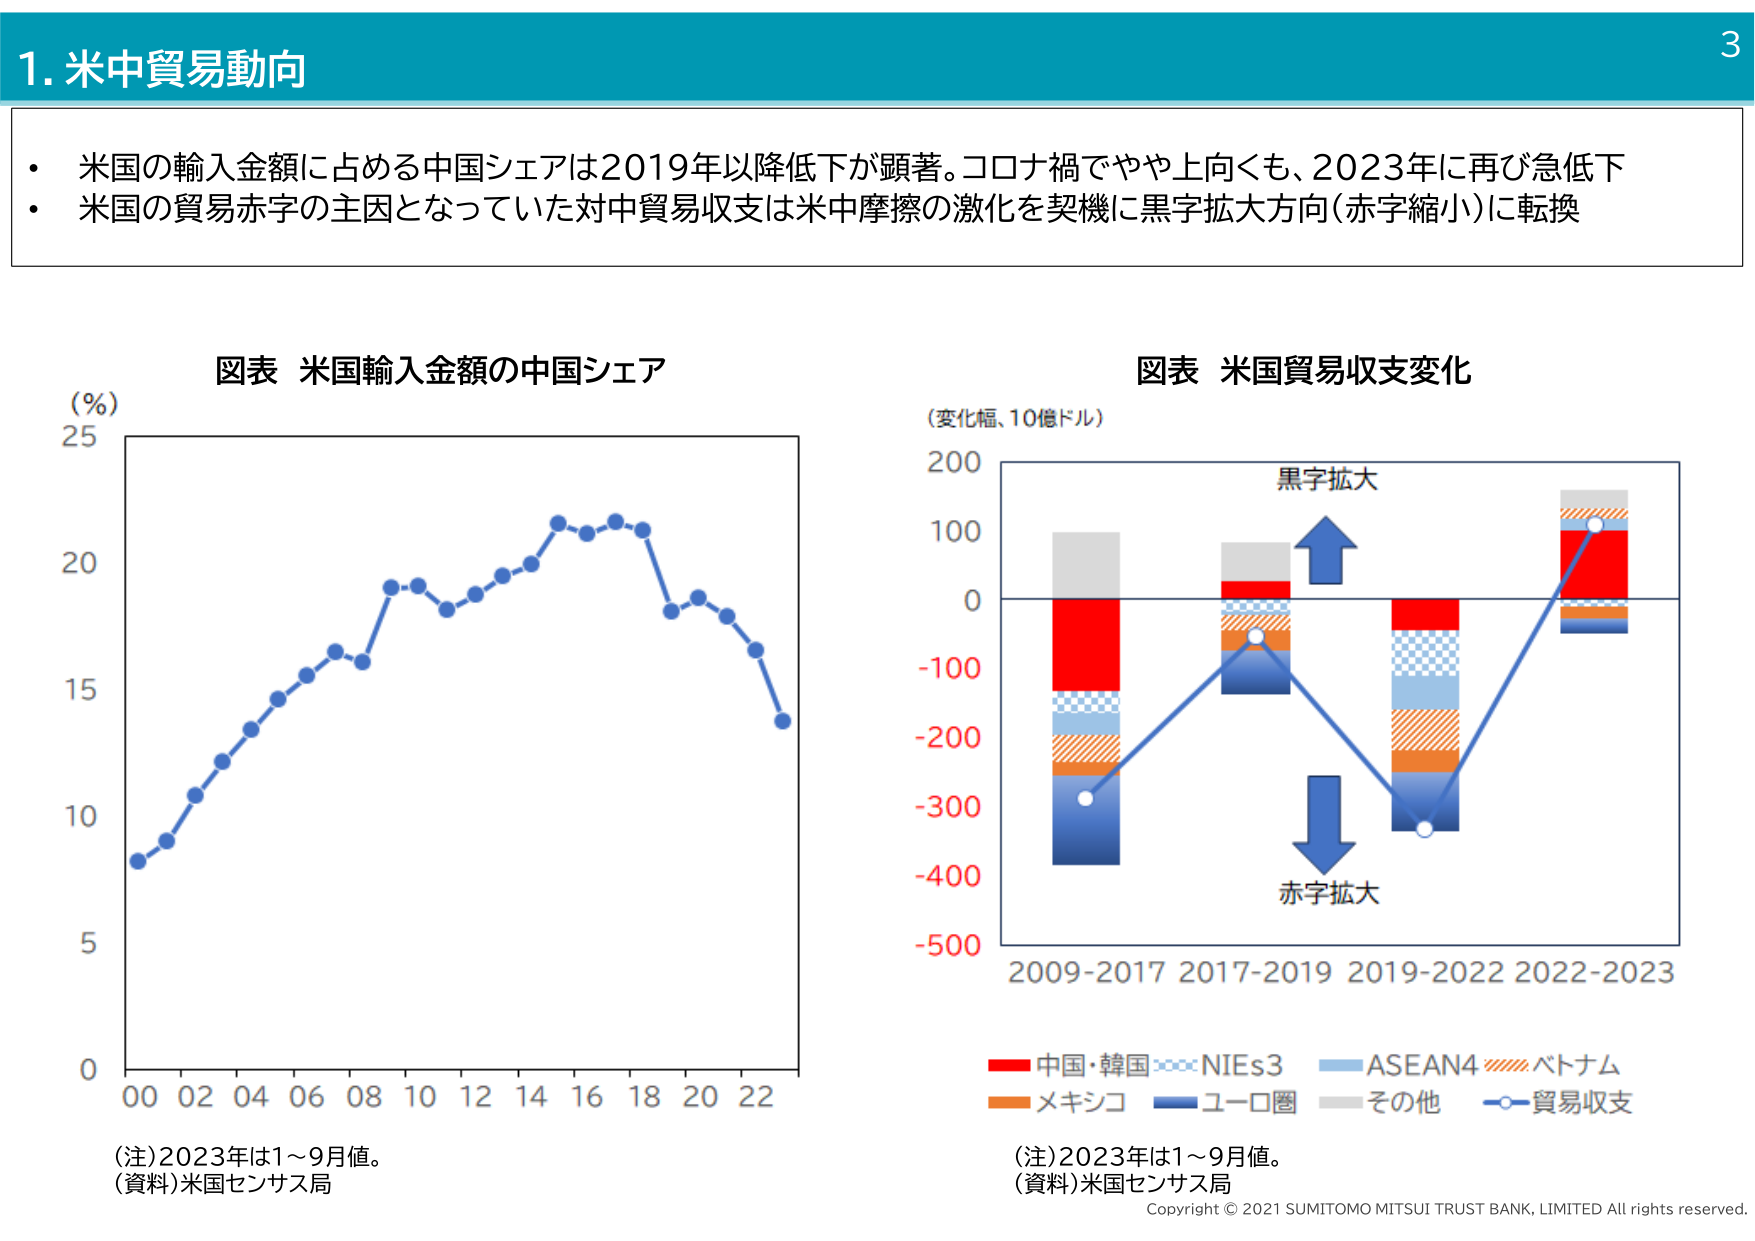
1. 米中貿易動向

・米国の輸入金額に占める中国シェアは2019年以降低下が顕著。コロナ禍でやや上向くも、2023年に再び急低下
・米国の貿易赤字の主因となっていた対中貿易収支は米中摩擦の激化を契機に黒字拡大方向（赤字縮小）に転換

図表 米国輸入金額の中国シェア
（%）
25
20
15
10
5
0
00 02 04 06 08 10 12 14 16 18 20 22
（注）2023年は1～9月値。
（資料）米国センサス局

図表 米国貿易収支変化
（変化幅、10億ドル）
200
100
0
-100
-200
-300
-400
-500
2009-2017 2017-2019 2019-2022 2022-2023
黒字拡大
赤字拡大
■中国・韓国 ■NIEs3 ■ASEAN4 ■ベトナム
■メキシコ ■ユーロ圏 ■その他 ■貿易収支
（注）2023年は1～9月値。
（資料）米国センサス局

Copyright © 2021 SUMITOMO MITSUI TRUST BANK, LIMITED All rights reserved.